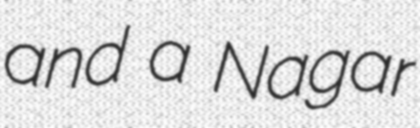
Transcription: and a Nagar